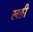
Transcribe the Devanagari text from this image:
खङी